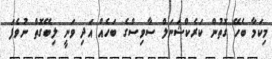
މިކަމާ ބެހޭ ގޮތުން ކަރެކްޝަނަލް ސާވިސްގެ ބަހެއް އަދި ވަނީ ލިބޭގޮތް ނުވެފަ